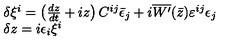
\begin{array} { l } { \delta \xi ^ { i } = \left( { \frac { d z } { d t } } + i z \right) C ^ { i j } \bar { \epsilon } _ { j } + i \overline { { W ^ { \prime } } } ( \bar { z } ) \varepsilon ^ { i j } \epsilon _ { j } } \\ { \delta z = i \epsilon _ { i } \xi ^ { i } } \\ \end{array}